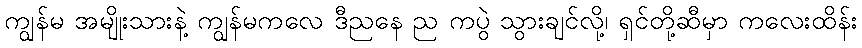
ကျွန်မ အမျိုးသားနဲ့ ကျွန်မကလေ ဒီညနေ ည ကပွဲ သွားချင်လို့၊ ရှင်တို့ဆီမှာ ကလေးထိန်း